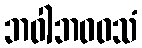
ဘဝါဘဝဝသံ